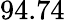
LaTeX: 94.74\